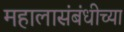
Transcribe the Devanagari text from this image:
महालासंबंधीच्या